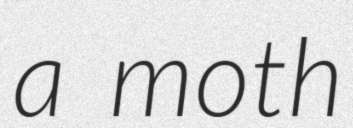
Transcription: a moth